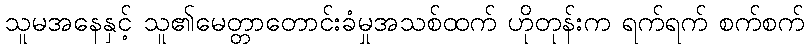
သူမအနေနှင့် သူ၏မေတ္တာတောင်းခံမှုအသစ်ထက် ဟိုတုန်းက ရက်ရက် စက်စက်